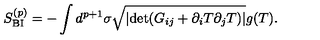
S _ { \mathrm { B I } } ^ { ( p ) } = - \int d ^ { p + 1 } \sigma \sqrt { | \mathrm { d e t } ( { G } _ { i j } + \partial _ { i } T \partial _ { j } T ) | } g ( T ) .